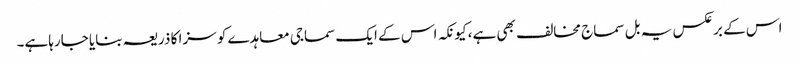
اس کے برعکس یہ بل سماج مخالف بھی ہے، کیونکہ اس کے ایک سماجی معاہدے کو سزا کا ذریعہ بنایا جارہاہے۔